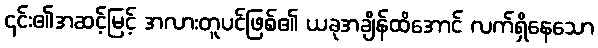
၎င်း၏အဆင့်မြင့် အလားတူပင်ဖြစ်၏ ယခုအချိန်ထိအောင် လက်ရှိနေသော